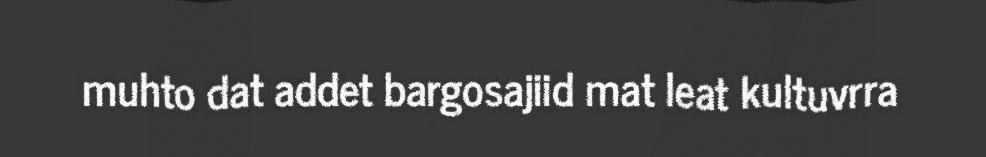
muhto dat addet bargosajiid mat leat kultuvrra